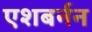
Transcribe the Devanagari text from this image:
एशबर्नन